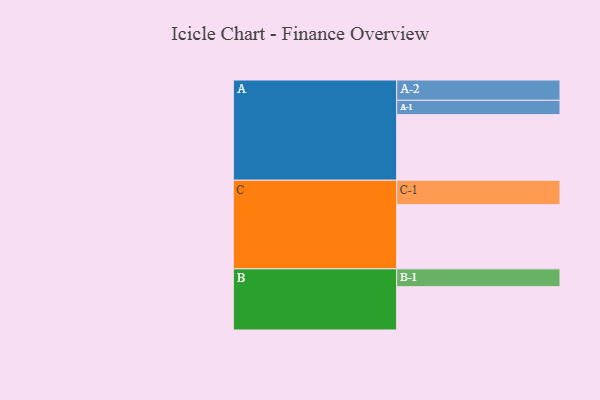
{"axis": {"x": "Segment", "y": "Value"}, "legend": ["", "A", "B", "C"], "data": [{"x": "A", "y": 591, "type": ""}, {"x": "B", "y": 390, "type": ""}, {"x": "C", "y": 578, "type": ""}, {"x": "A-1", "y": 129, "type": "A"}, {"x": "A-2", "y": 183, "type": "A"}, {"x": "B-1", "y": 161, "type": "B"}, {"x": "C-1", "y": 220, "type": "C"}]}